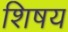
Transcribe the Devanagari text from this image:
शिषय